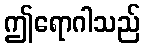
ဤရောဂါသည်